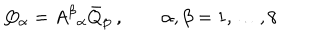
LaTeX: Q _ { \alpha } = { A ^ { \beta } } _ { \alpha } \bar { Q } _ { \beta } ~ , \qquad \alpha , \beta = 1 , \ldots , 8